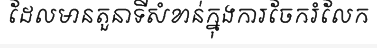
ដែលមានតួនាទីសំខាន់ក្នុងការចែករំលែក